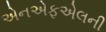
એનએફએલની